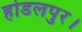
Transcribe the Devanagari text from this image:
होडलपुर।